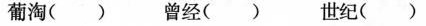
葡淘() 曾经() 世纪()